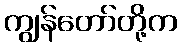
ကျွန်တော်တို့က